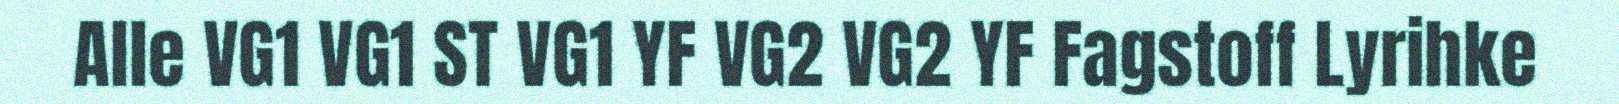
Alle VG1 VG1 ST VG1 YF VG2 VG2 YF Fagstoff Lyrihke